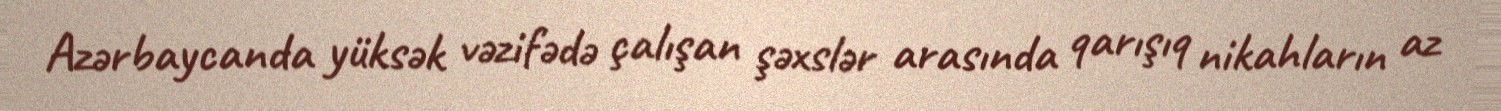
Azərbaycanda yüksək vəzifədə çalışan şəxslər arasında qarışıq nikahların az